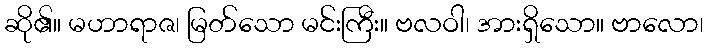
ဆို၏။ မဟာရာဇ၊ မြတ်သော မင်းကြီး။ ဗလဝါ၊ အားရှိသော။ ဗာလော၊